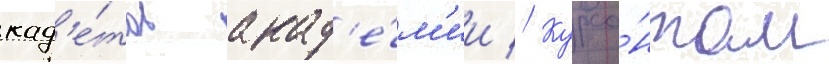
кад'е́тов акад'е́м'ии // Курса́нтам